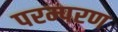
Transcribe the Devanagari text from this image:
परम्परण